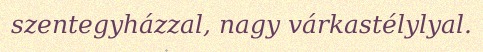
szentegyházzal, nagy várkastélylyal.